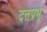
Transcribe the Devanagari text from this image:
दत्तप्रभू